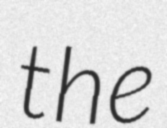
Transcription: the